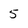
Character: 5